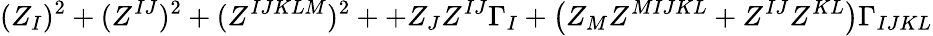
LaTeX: (Z_{I})^{2}+(Z^{IJ})^{2}+(Z^{IJKLM})^{2}++Z_{J}Z^{IJ}\Gamma_{I}+\left(Z_{M}Z^{MIJKL}+Z^{IJ}Z^{KL}\right)\Gamma_{IJKL}